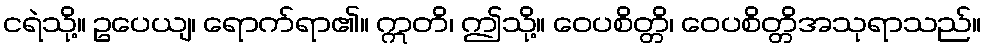
ငရဲသို့။ ဥပေယျ၊ ရောက်ရာ၏။ ဣတိ၊ ဤသို့။ ဝေပစိတ္တိ၊ ဝေပစိတ္တိအသုရာသည်။